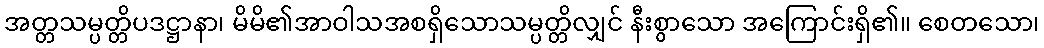
အတ္တသမ္ပတ္တိပဒဋ္ဌာနာ၊ မိမိ၏အာဝါသအစရှိသောသမ္ပတ္တိလျှင် နီးစွာသော အကြောင်းရှိ၏။ စေတသော၊